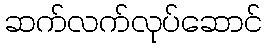
ဆက်လက်လုပ်ဆောင်